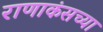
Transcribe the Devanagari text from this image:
राणाकंसच्या